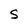
Character: S